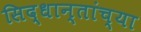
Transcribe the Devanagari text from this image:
सिद्धान्तांच्या